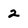
Character: 2